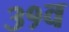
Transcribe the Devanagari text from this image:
३१व